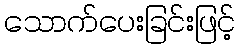
သောက်ပေးခြင်းဖြင့်